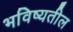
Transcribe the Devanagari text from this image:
भविष्यतील